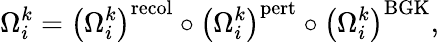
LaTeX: \Omega_{i}^{k}=\left(\Omega_{i}^{k}\right)^{\mathrm{recol}}\circ\left(\Omega_{i}^{k}\right)^{\mathrm{pert}}\circ\left(\Omega_{i}^{k}\right)^{\mathrm{BGK}},